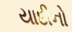
યાદીનો